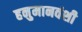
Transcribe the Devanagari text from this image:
हनुमानवंशी